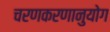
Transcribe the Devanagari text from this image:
चरणकरणानुयोग